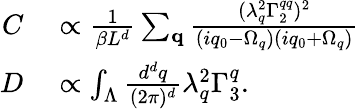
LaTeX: \begin{array}{rl}{C}&{{}\propto\frac{1}{\beta L^{d}}\sum_{\mathbf{q}}\frac{(\lambda_{q}^{2}\Gamma_{2}^{qq})^{2}}{(iq_{0}-\Omega_{q})(iq_{0}+\Omega_{q})}}\\ {D}&{{}\propto\int_{\Lambda}\frac{d^{d}q}{(2\pi)^{d}}\lambda_{q}^{2}\Gamma_{3}^{q}.}\end{array}